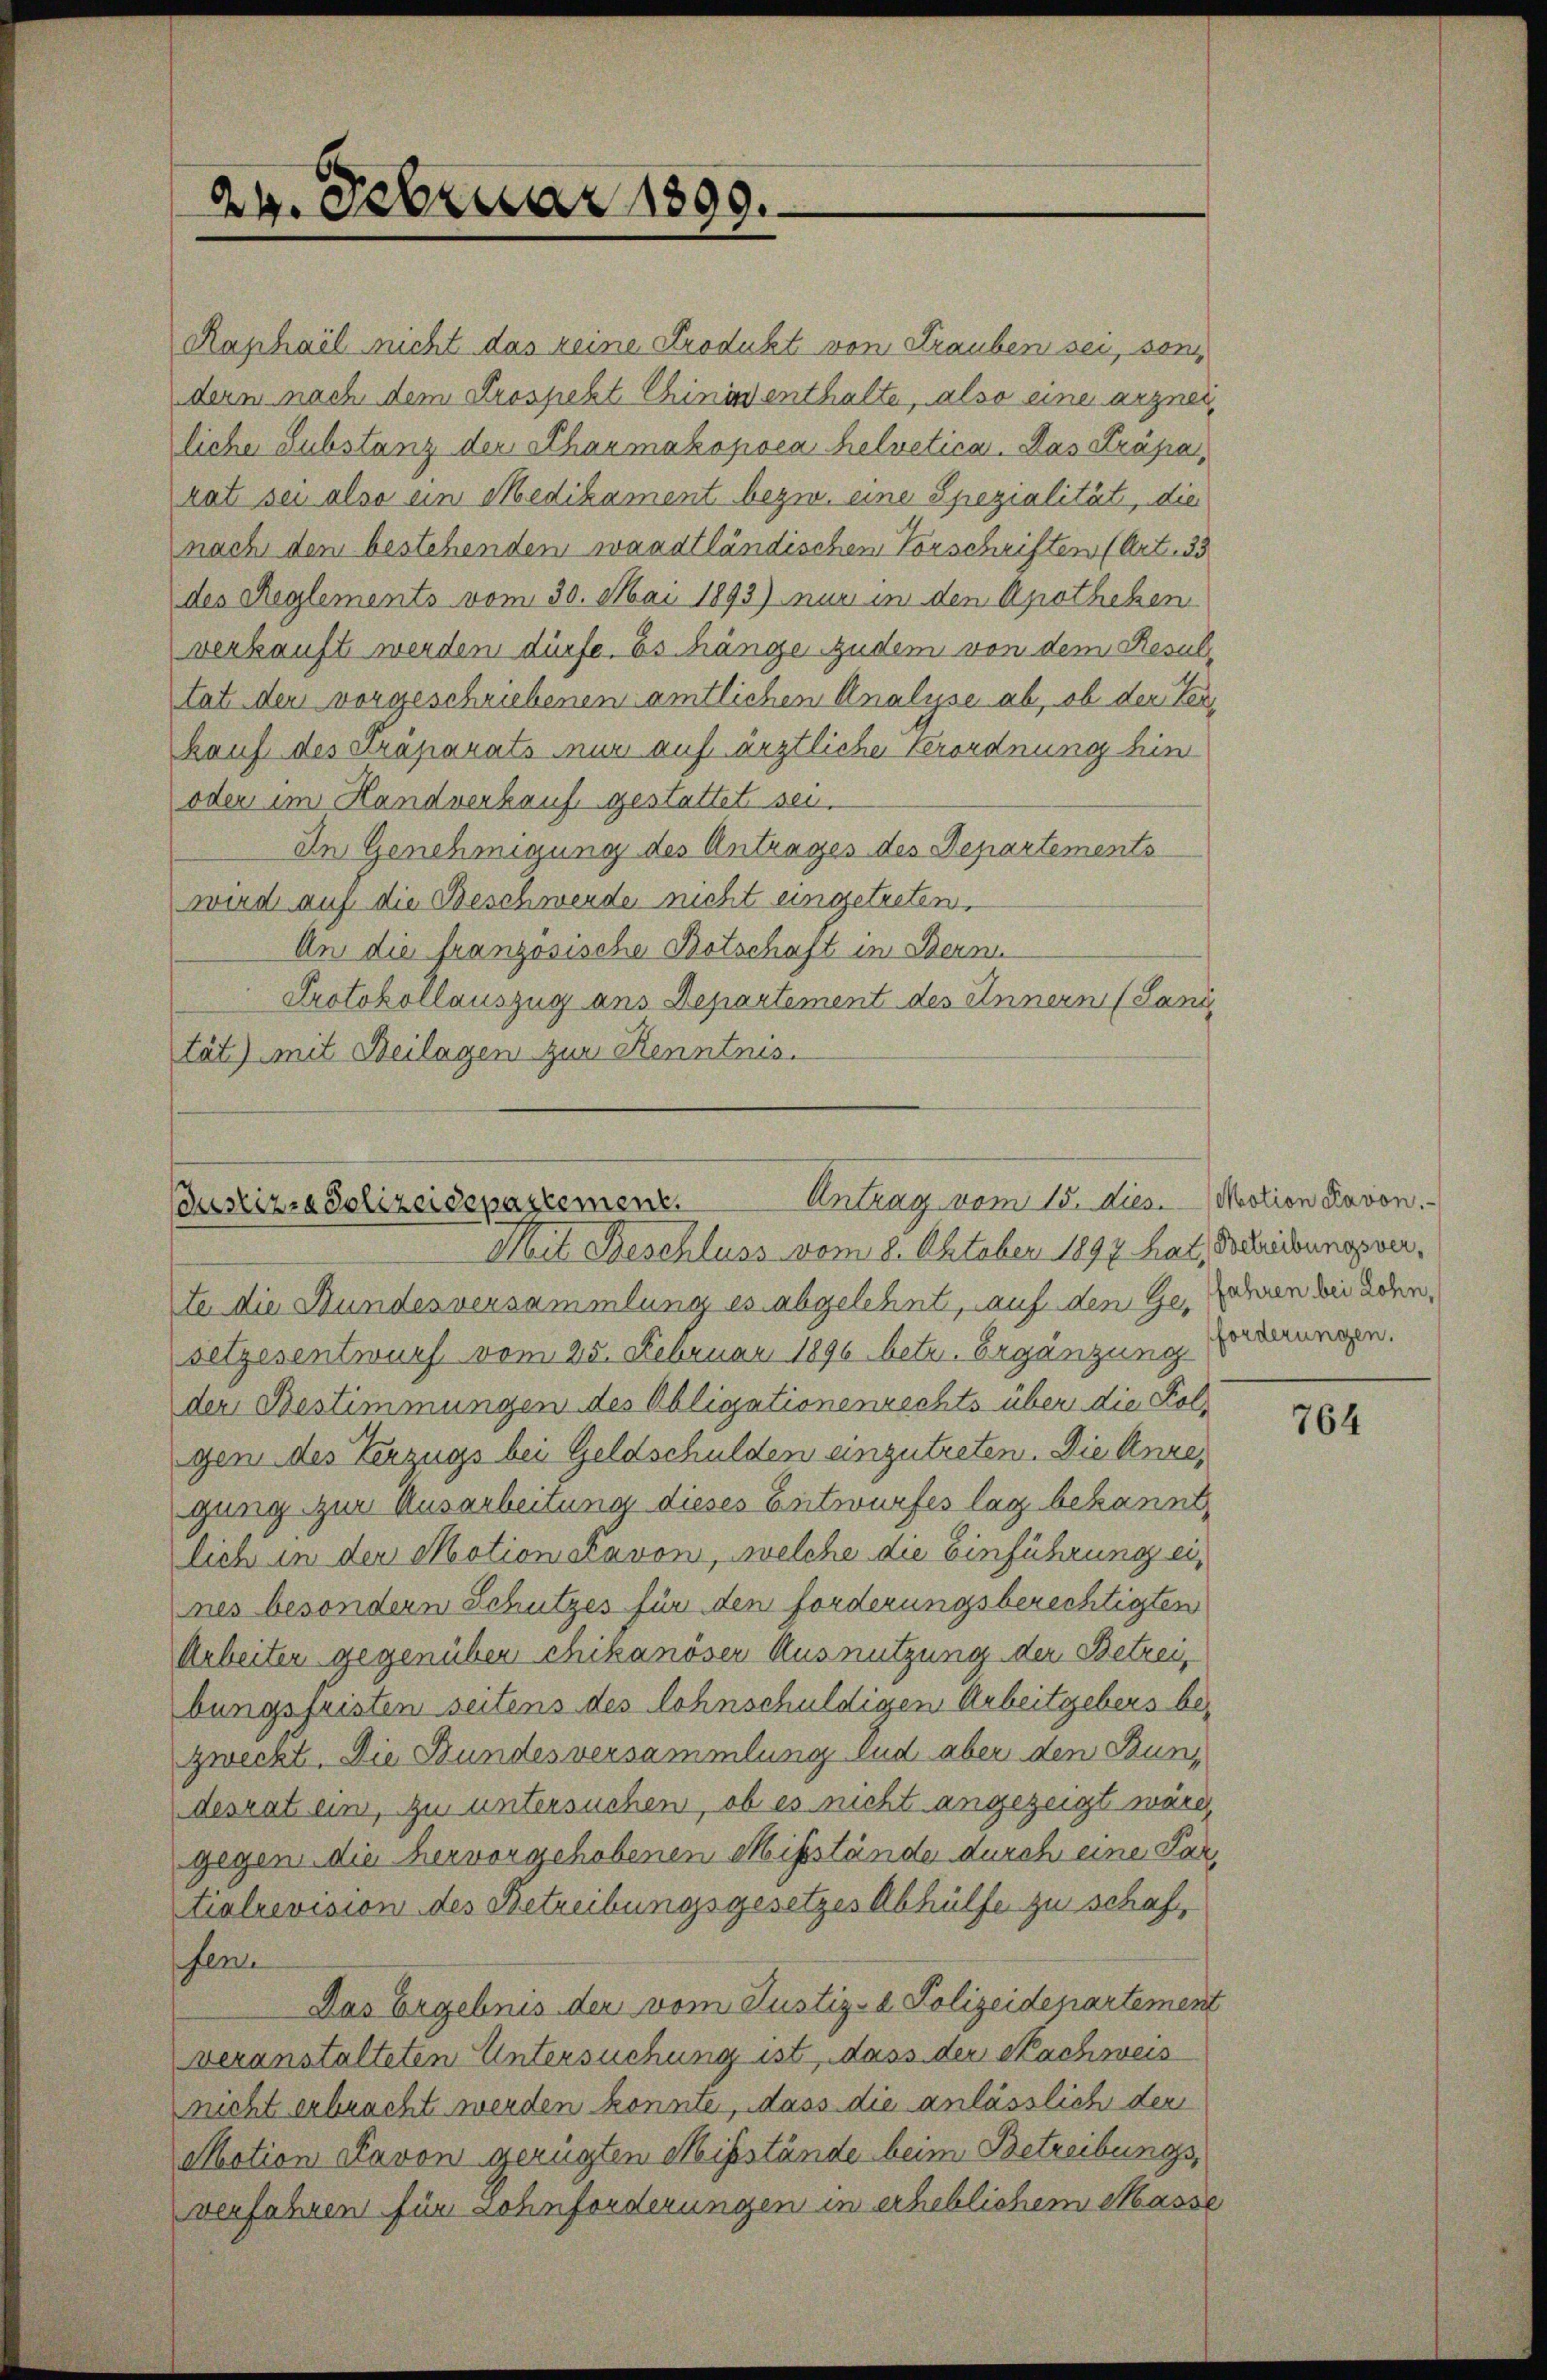
Raphail nicht das keine Produkt von Frauben sei, von
dern nach dem Prospeht Chinas enthalte, also eine arzneiliche Substanz der Pharmakopoea helvetica. Das Präpa
rat sei also ein Medikament bezw. eine Spezialität, die
nach dem bestehenden waadtländischen Vorschriften (Art. 33
des Reglements vom 30. Mai 1893) nur in den Apotheken
verkauft werden dürfe. Es hänge zudem von dem Resultat der vorgeschriebenen amtlichen Analyse ab, ob der Terkauf des präparats nur auf ärztliche Verordnung hin
oder im Handverkauf gestattet sei.
In Genehmigung des Antrages des Departements
wird auf die Beschwerde nicht eingetreten.
An die französische Botschaft in Bern
Protokollauszug aus Departement des Innern (Land
tät) mit Beilagen zur Kenntnis.

24. Februar 1890.

Bustizra Polizeidepartement. Antrag vom 15. dies. Motion davon.
Mit Beschluss vom 8. Oktober 1897 hat, Schreibungsver¬

te die Bundesversammlung es abgelehnte, auf den Ge, Jahren bei den
setzesentwurf vom 25. Februar 1896 betr. Ergänzung Brennungen.
der Bestimmungen des Obligationenrechts über die Folgen des Verzugs bei Geldschulden einzutreten. Die Anregung zur Ausarbeitung dieses Entwurfes lag bekannt,
lich in der Motionslavon, welche die Einführung eines besondern Schutzes für den forderungsberechtigten
Arbeiter gegenüber chikanöser Ausnutzung der Betrei
bungsfristen seitens des lohnschuldigen Arbeitgebers bezweckt. Die Bundesversammlung Sud aber den Bundesrat ein, zu untersuchen, ob es nicht angezeigt wäre,
gegen die hervorgehobenen Missstände durch eine Partialrevision des Betreibungsgesetzes Abhülfe zu schafferne
Das Ergebnis der vom Justiz- & Polizeidepartement
veranstalteten Untersuchung ist, dass der Nachweis
nicht erbracht werden könnte, dass die anlässlich der
Motion davon gerügten Misstände beim Betreibungsverfahren für Lohnforderungen in erheblichem Masse

764